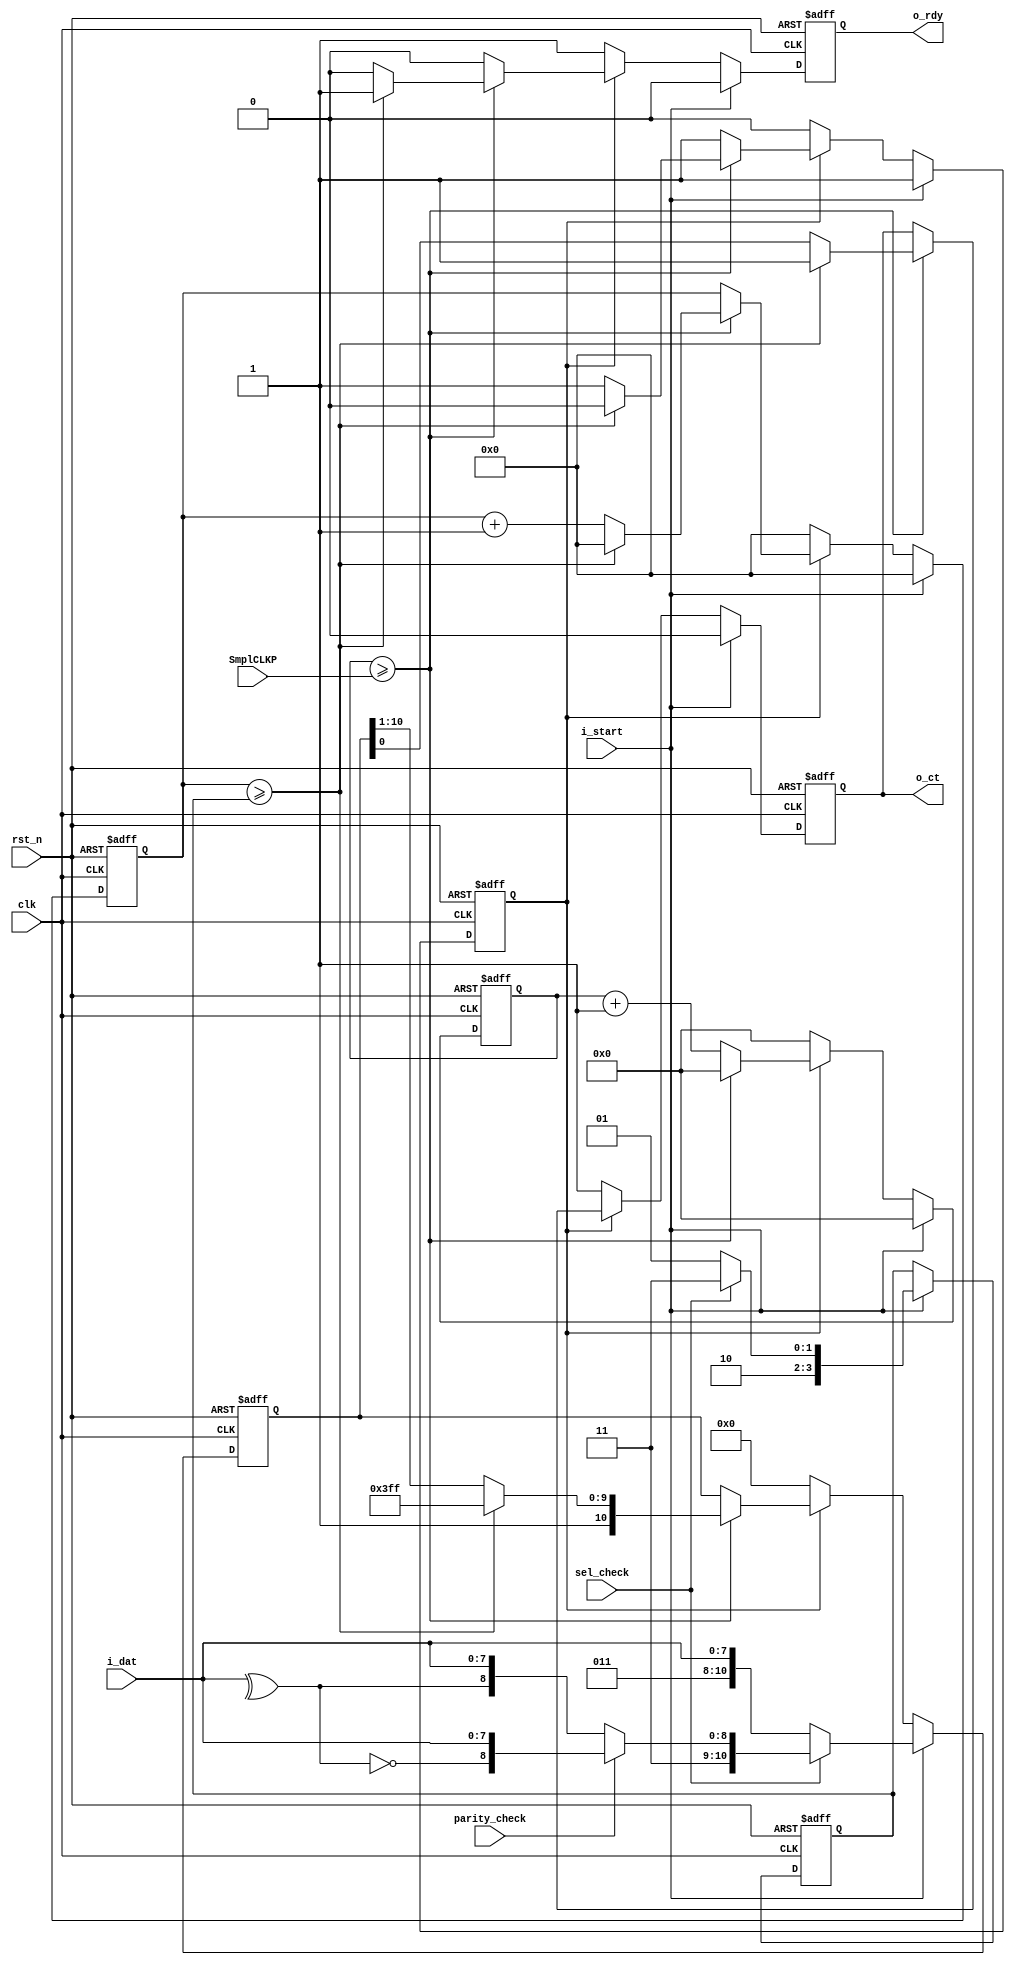
module uart_tx
(
	input  					clk,              /*                          */
	input  					rst_n,            /* 0                */
	input  					i_start,          /*                      */
	input  			[7:0]	i_dat,            /*                  */
	input                   sel_check,        /* 10   */
	input                   parity_check,     /* 10   */
	input       [7:0]       SmplCLKP,         /* =/       */
	output	reg 			o_rdy,            /* 10       */
	output	reg 			o_ct              /*                          */
);
	// localparam 		SmplCLKP	= 10'd520;//60e6/115200=520.8
	reg   [7:0]   Smplcnt;
	reg   [3:0]   tx_cnt;
	reg   [10:0]  tx_cache;
    reg 	      o_txen;
	reg   [3:0]   tx_lenth;
	always @( posedge clk or negedge rst_n)	begin
		if(~rst_n) begin 
			o_rdy     <= 1'b1; 	
			o_ct      <= 1'b1;	
			o_txen	  <= 1'b0;
			tx_cnt	  <= 4'd0;	
			tx_cache	<= 11'd0;	
			Smplcnt	  <= 8'd0;
			tx_lenth  <= 4'd0;	
		end 	  
		else 	begin
			if(i_start==1'b1) begin 
			  if(sel_check ==1'b1)begin
			    tx_lenth  <= 4'hB;	
					if(parity_check ==1'b1) ////
				     tx_cache	<= {2'b11,(~(^i_dat[7:0])),i_dat};
				  else ////
				     tx_cache	<= {2'b11,(^i_dat[7:0]),i_dat};
				end
				else begin
				  tx_lenth  <= 4'h9;
				  tx_cache	<= {2'b11,i_dat};
				end
				tx_cnt		<= 4'd0; 
				Smplcnt		<= 8'd0;
				o_txen		<= 1'b1;
				o_ct			<= 1'b0;                          //start_bit	
				o_rdy			<= 1'b0; 			 
			end 
			else 	begin
				if(o_txen==1'b1) begin  
					if(Smplcnt>=SmplCLKP)begin
					  Smplcnt	<= 8'd0;
					end
					else begin
					  Smplcnt	<= Smplcnt+8'd1;
					end
					if(Smplcnt>=SmplCLKP)begin 
						if(tx_cnt>=tx_lenth) begin 
							o_rdy			<= 1'b1;
							o_txen		<= 1'b0; 
							tx_cnt		<= 4'd0;
							tx_cache	<= 11'h7ff;
							o_ct			<= 1'b1;
						end    
						else begin 
							o_txen    <= 1'b1;
							o_rdy			<= 1'b0; 
							o_ct			<= tx_cache[0];
							tx_cache	<= {1'b1,tx_cache[10:1]}; 
							tx_cnt		<= tx_cnt+4'd1; 		  
						end
					end 
					else begin
					  o_rdy 	 <= 1'b0;
					  o_txen   <= 1'b1; 
					  tx_cnt	 <= tx_cnt;
					  tx_cache <= tx_cache;
					  o_ct     <= o_ct;					  
					end                
				end
				else begin
					o_rdy	  <= 1'b1; 
					tx_cnt	<= 4'd0; 
					o_ct	  <= 1'b1; 
					tx_cache<= 11'd0;
					o_txen	<= 1'b0;
					Smplcnt	<= 8'd0;    
				end  
			end
		end
	end     
endmodule